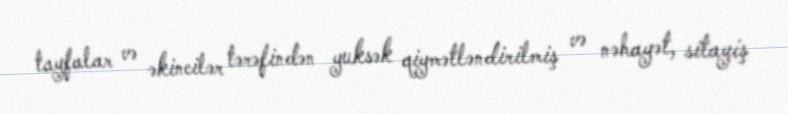
tayfalar və əkincilər tərəfindən yuksək qiymətləndirilmiş və nəhayət, sitayiş